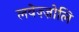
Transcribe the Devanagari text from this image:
लवेज़्ज़ोलि